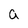
Character: a